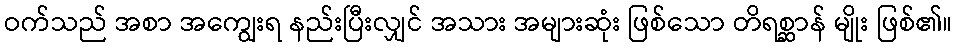
ဝက်သည် အစာ အကျွေးရ နည်းပြီးလျှင် အသား အများဆုံး ဖြစ်သော တိရစ္ဆာန် မျိုး ဖြစ်၏။